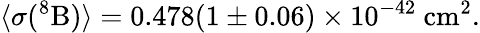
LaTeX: \langle\sigma(^{8}\mathrm{B})\rangle=0.478(1\pm 0.06)\times 10^{-42}~\mathrm{cm^{2}}.